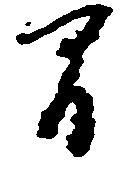
間